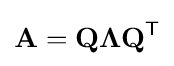
\mathbf {A} =\mathbf {Q} \mathbf {\Lambda } \mathbf {Q} ^{\mathsf {T}}